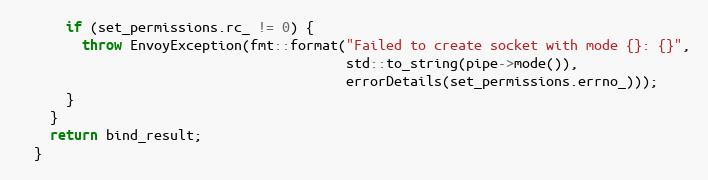
Language: C++
      if (set_permissions.rc_ != 0) {
        throw EnvoyException(fmt::format("Failed to create socket with mode {}: {}",
                                         std::to_string(pipe->mode()),
                                         errorDetails(set_permissions.errno_)));
      }
    }
    return bind_result;
  }